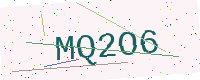
Text: MQ2O6